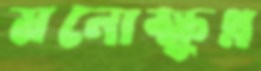
মনোক্ষুণ্ন